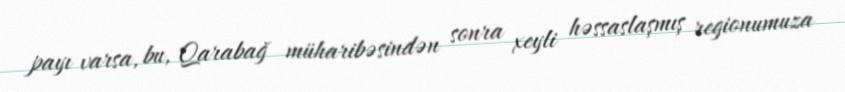
payı varsa, bu, Qarabağ müharibəsindən sonra xeyli həssaslaşmış regionumuza